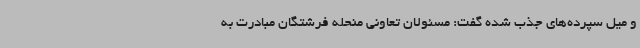
و میل سپرده‌های جذب شده گفت: مسئولان تعاونی منحله فرشتگان مبادرت به